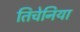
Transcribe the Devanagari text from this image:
तिचेनिया